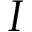
I